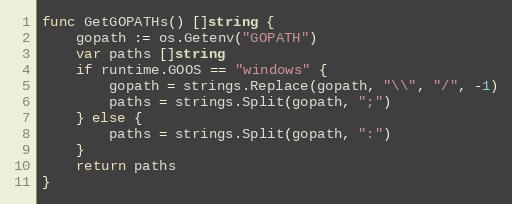
Language: Go
func GetGOPATHs() []string {
	gopath := os.Getenv("GOPATH")
	var paths []string
	if runtime.GOOS == "windows" {
		gopath = strings.Replace(gopath, "\\", "/", -1)
		paths = strings.Split(gopath, ";")
	} else {
		paths = strings.Split(gopath, ":")
	}
	return paths
}